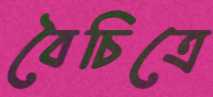
বৈচিত্রে